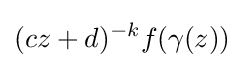
(cz+d)^{-k}f(\gamma (z))